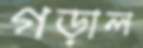
গড়াল